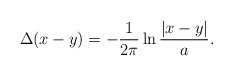
\begin{align*} \Delta(x - y) = -\frac{1}{2\pi}\ln\frac{|x - y|}{a}.\end{align*}